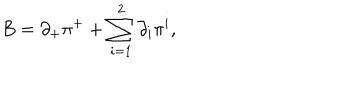
B = { \partial } _ { + } { \pi } ^ { + } + \sum _ { i = 1 } ^ { 2 } { \partial } _ { i } { \pi } ^ { i } ,